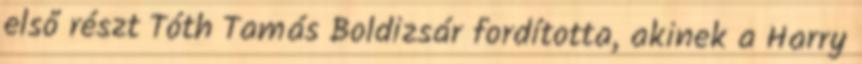
első részt Tóth Tamás Boldizsár fordította, akinek a Harry